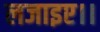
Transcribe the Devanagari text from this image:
लजाइए।।